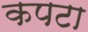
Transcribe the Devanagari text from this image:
कपटा